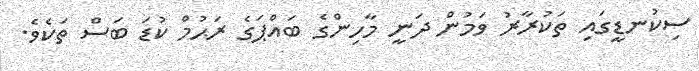
ސިކުނޑީގައި ތަކުރާރު ވަމުން ދަނީ މާހިންގެ ބައްޕަގެ ރަޙުމް ކުޑަ ބަސް ތަކެވެ.